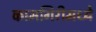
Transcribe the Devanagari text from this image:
कामगिरीमध्ये